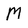
Character: M